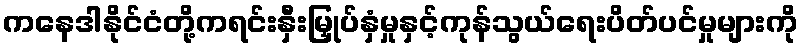
ကနေဒါနိုင်ငံတို့ကရင်းနှီးမြှုပ်နှံမှုနှင့်ကုန်သွယ်ရေးပိတ်ပင်မှုများကို